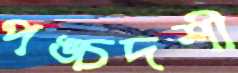
পঙ্চদশী